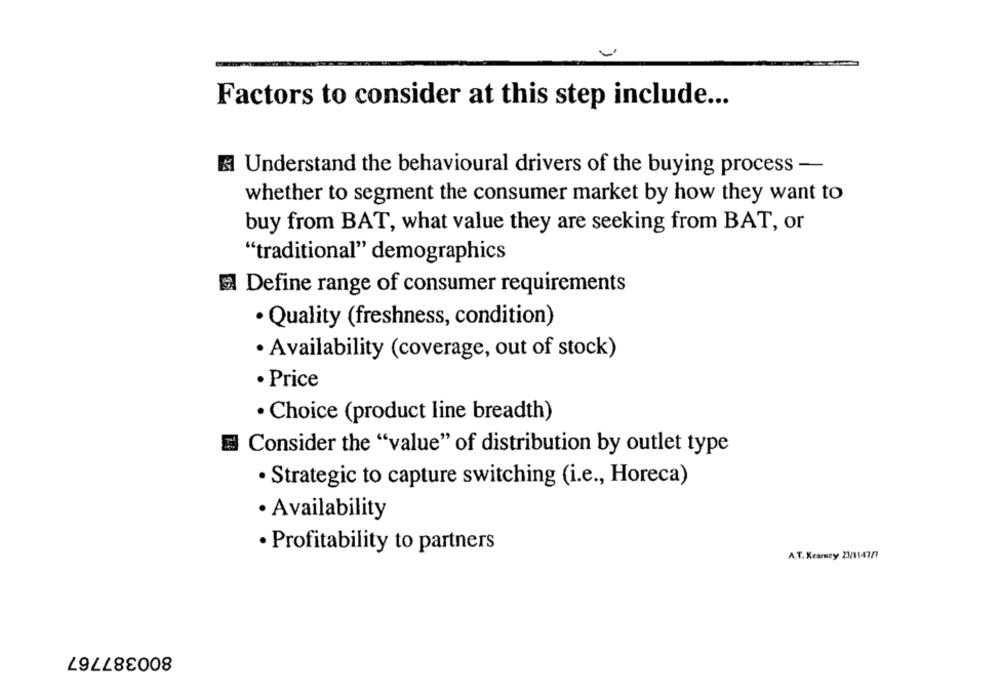
Factors to consider at this step include ...
Understand the behavioural drivers of the buying process -
whether to segment the consumer market by how they want to
buy from BAT, what value they are seeking from BAT, or
"traditional" demographics
Define range of consumer requirements
· Quality (freshness, condition)
· Availability (coverage, out of stock)
· Price
· Choice (product line breadth)
Consider the "value" of distribution by outlet type
· Strategic to capture switching (i.e ., Horeca)
· Availability
· Profitability to partners
A.T. Kearney 23/1147/7
800387767